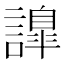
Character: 𧬁